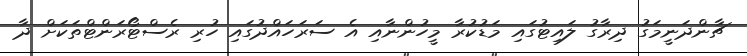
ޗާންދަނީމަގު ދިރާގު ލައިޓުގައި މަޑުކުރާ މީހުންނާއި އެ ސަރަހައްދުގައި ހުރި ރެސްޓޯރަންޓްތަކަށް ދާ